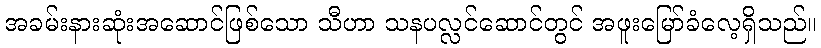
အခမ်းနားဆုံးအဆောင်ဖြစ်သော သီဟာ သနပလ္လင်ဆောင်တွင် အဖူးမြော်ခံလေ့ရှိသည်။